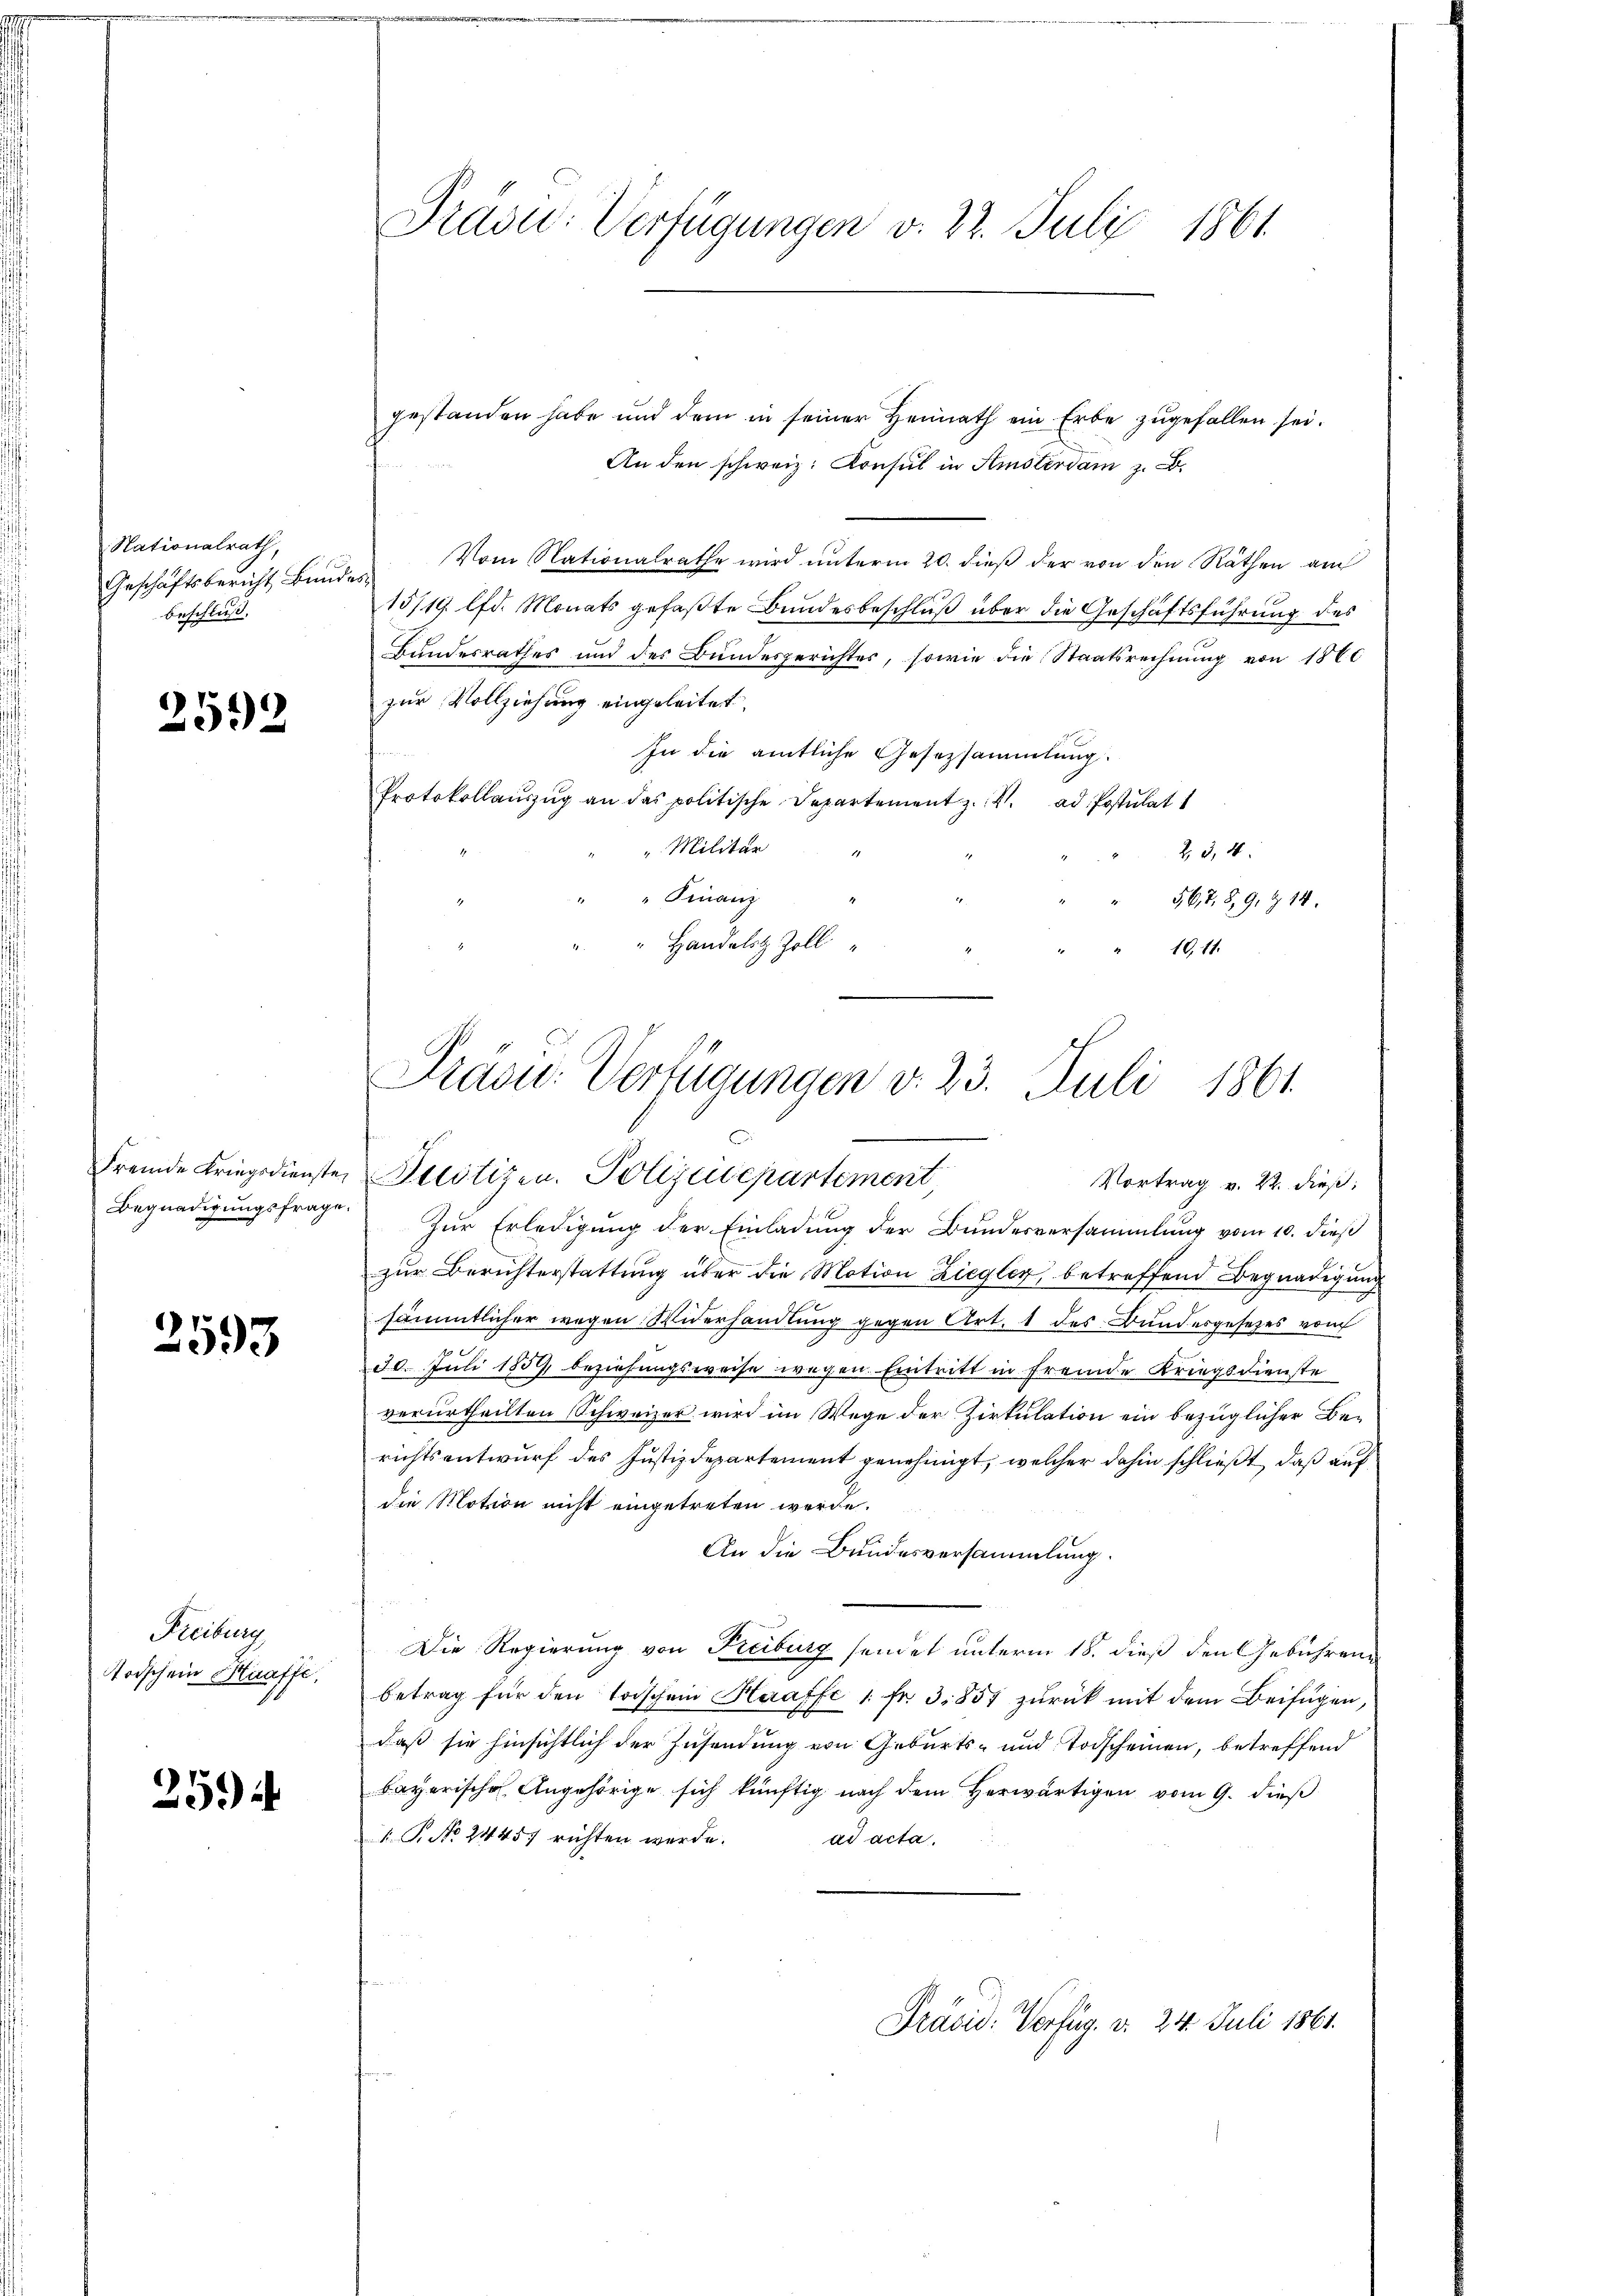
Nationalrath,
Geschäftsbericht Bundes,
Beschluß.

2592

Begnadigungsfrage

2593

Freiburg
Todschein Kraffe,

25.)

Präsu: Verfügungen v. 22. Juli 1861

gestanden habe und dem in seiner Heimath ein Erbe zugefallen sei.
An den schweiz. Konsul in Amsterdam z. B.
Vom Nationalrathe wird unterm 20. dieß der von den Räthen au
15/19 lfd. Monats gefaßte Bundesbeschluß über die Geschäftsführung des
Bundesrathes und des Bundesgerichtes, sowie die Staatsrechnŭng von 1860
zur Vollziehung eingeleitet.
In die amtliche Gesetzsammlung.
Protokollaŭszŭg an das politische Departement z. 4. ad Postulat
" Militär
2, 3, 4
" Finanz
567. 89, 914.
Handelst Zoll
10, 11.
Zur Erledigung der Einladung der Bundesversammlung vom 10. dieß
zur Berichterstattung über die Motion Ziegler betreffend Begnadigung
sämmtlicher wegen Widerhandlung gegen Art. 1 des Bundesgesetzes vom
30. Juli 1859, beziehungsweise wegen Eintritt in fremde Kriegsdienste
verurtheilten Schweizer wird im Wege der Zirkulation ein bezüglicher Berichtsentwurf des Justizdepartement genehmigt, welcher dahin schließt, daß auf
die Motion nicht eingetreten werde.
An die Bundesversammlung.
Die Regierung von Freiburg sendet unterm 18. dieß den Gebührenbetrag für den Trischein Heraffe 1. fr. 3. 854 zŭrück mit dem Beifügen,
daß sie hinsichtlich der Zusendung von Geburts- und Todscheinen, betreffend
bayerische Angehörige sich künftig nach dem herwärtigen vom 9. dieß
.P. Nr. 24457 richten werde.
ad acta.
Präsid. Verfug. d. 24. Juli 1861.

Präses Verfügungen v. 23. Juli 1861.
Fremde Kriegsdienste Perotizen. Polizeidepartement
Vortrag v. 22. dieß: